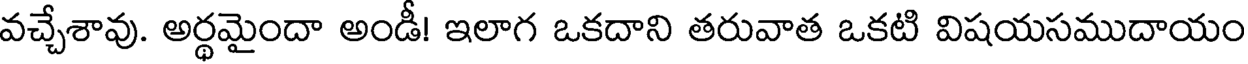
వచ్చేశావు. అర్థమైందా అండీ! ఇలాగ ఒకదాని తరువాత ఒకటి విషయసముదాయం